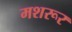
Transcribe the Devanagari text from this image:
मशरूर